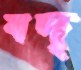
বদ্‌